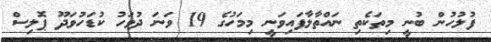
ފުލުހުން ބުނީ މިތަކެތި ނައްތާލާފައިވަނީ މިމަހުގެ 19 ވަނަ ދުވަހު ކުޑަހުވަދޫ ޕޮލިސް